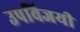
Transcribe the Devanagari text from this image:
उपविजयी